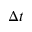
\Delta t